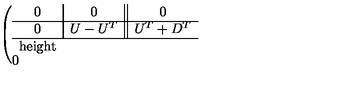
\left( \begin{array} { c | c | | c } { 0 } & { 0 } & { 0 } \\ \hline { 0 } & { U - U ^ { T } } & { U ^ { T } + D ^ { T } } \\ \hline { \hline 0 } & { U + D } & { D ^ { T } - D } \\ \end{array} \right) ,